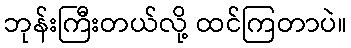
ဘုန်းကြီးတယ်လို့ ထင်ကြတာပဲ။